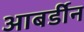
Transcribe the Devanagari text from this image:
आबर्डीन